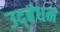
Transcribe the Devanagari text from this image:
उद्‍बंधन